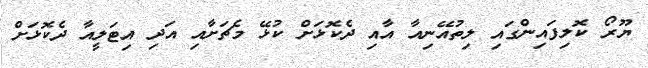
ޔޫރޯ ކޮލިފައިންގައި ލިތުއޭނިއާ އާއި ދެކޮޅަށް ކުޅޭ މެޗަށާއި އަދި އިޓަލީއާ ދެކޮޅަށް